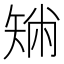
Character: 𥏟